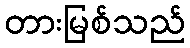
တားမြစ်သည်